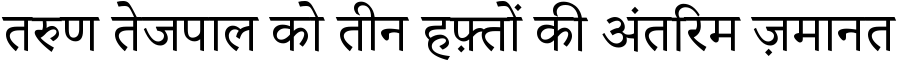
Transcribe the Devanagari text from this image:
तरुण तेजपाल को तीन हफ़्तों की अंतरिम ज़मानत